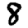
Digit: 8